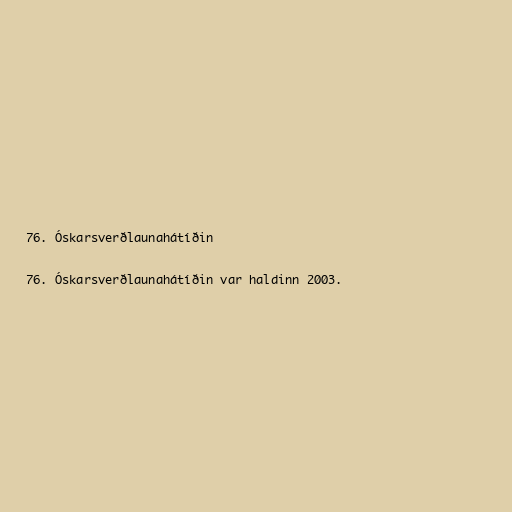
76. Óskarsverðlaunahátíðin

76. Óskarsverðlaunahátíðin var haldinn 2003.